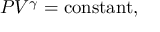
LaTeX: P V ^ { \gamma } = { \mathrm { c o n s t a n t } } ,